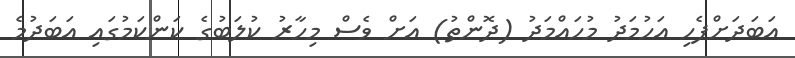
އަބަދަށްފެހި އަހުމަދު މުހައްމަދު (ދޮންތު) އަށް ވެސް މިހާރު ކުލަބުގެ ކަންކަމުގައި އަބަދުމެ